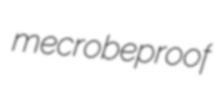
mecrobeproof